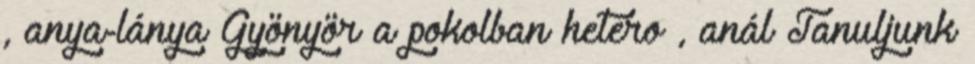
, anya-lánya Gyönyör a pokolban hetero , anál Tanuljunk